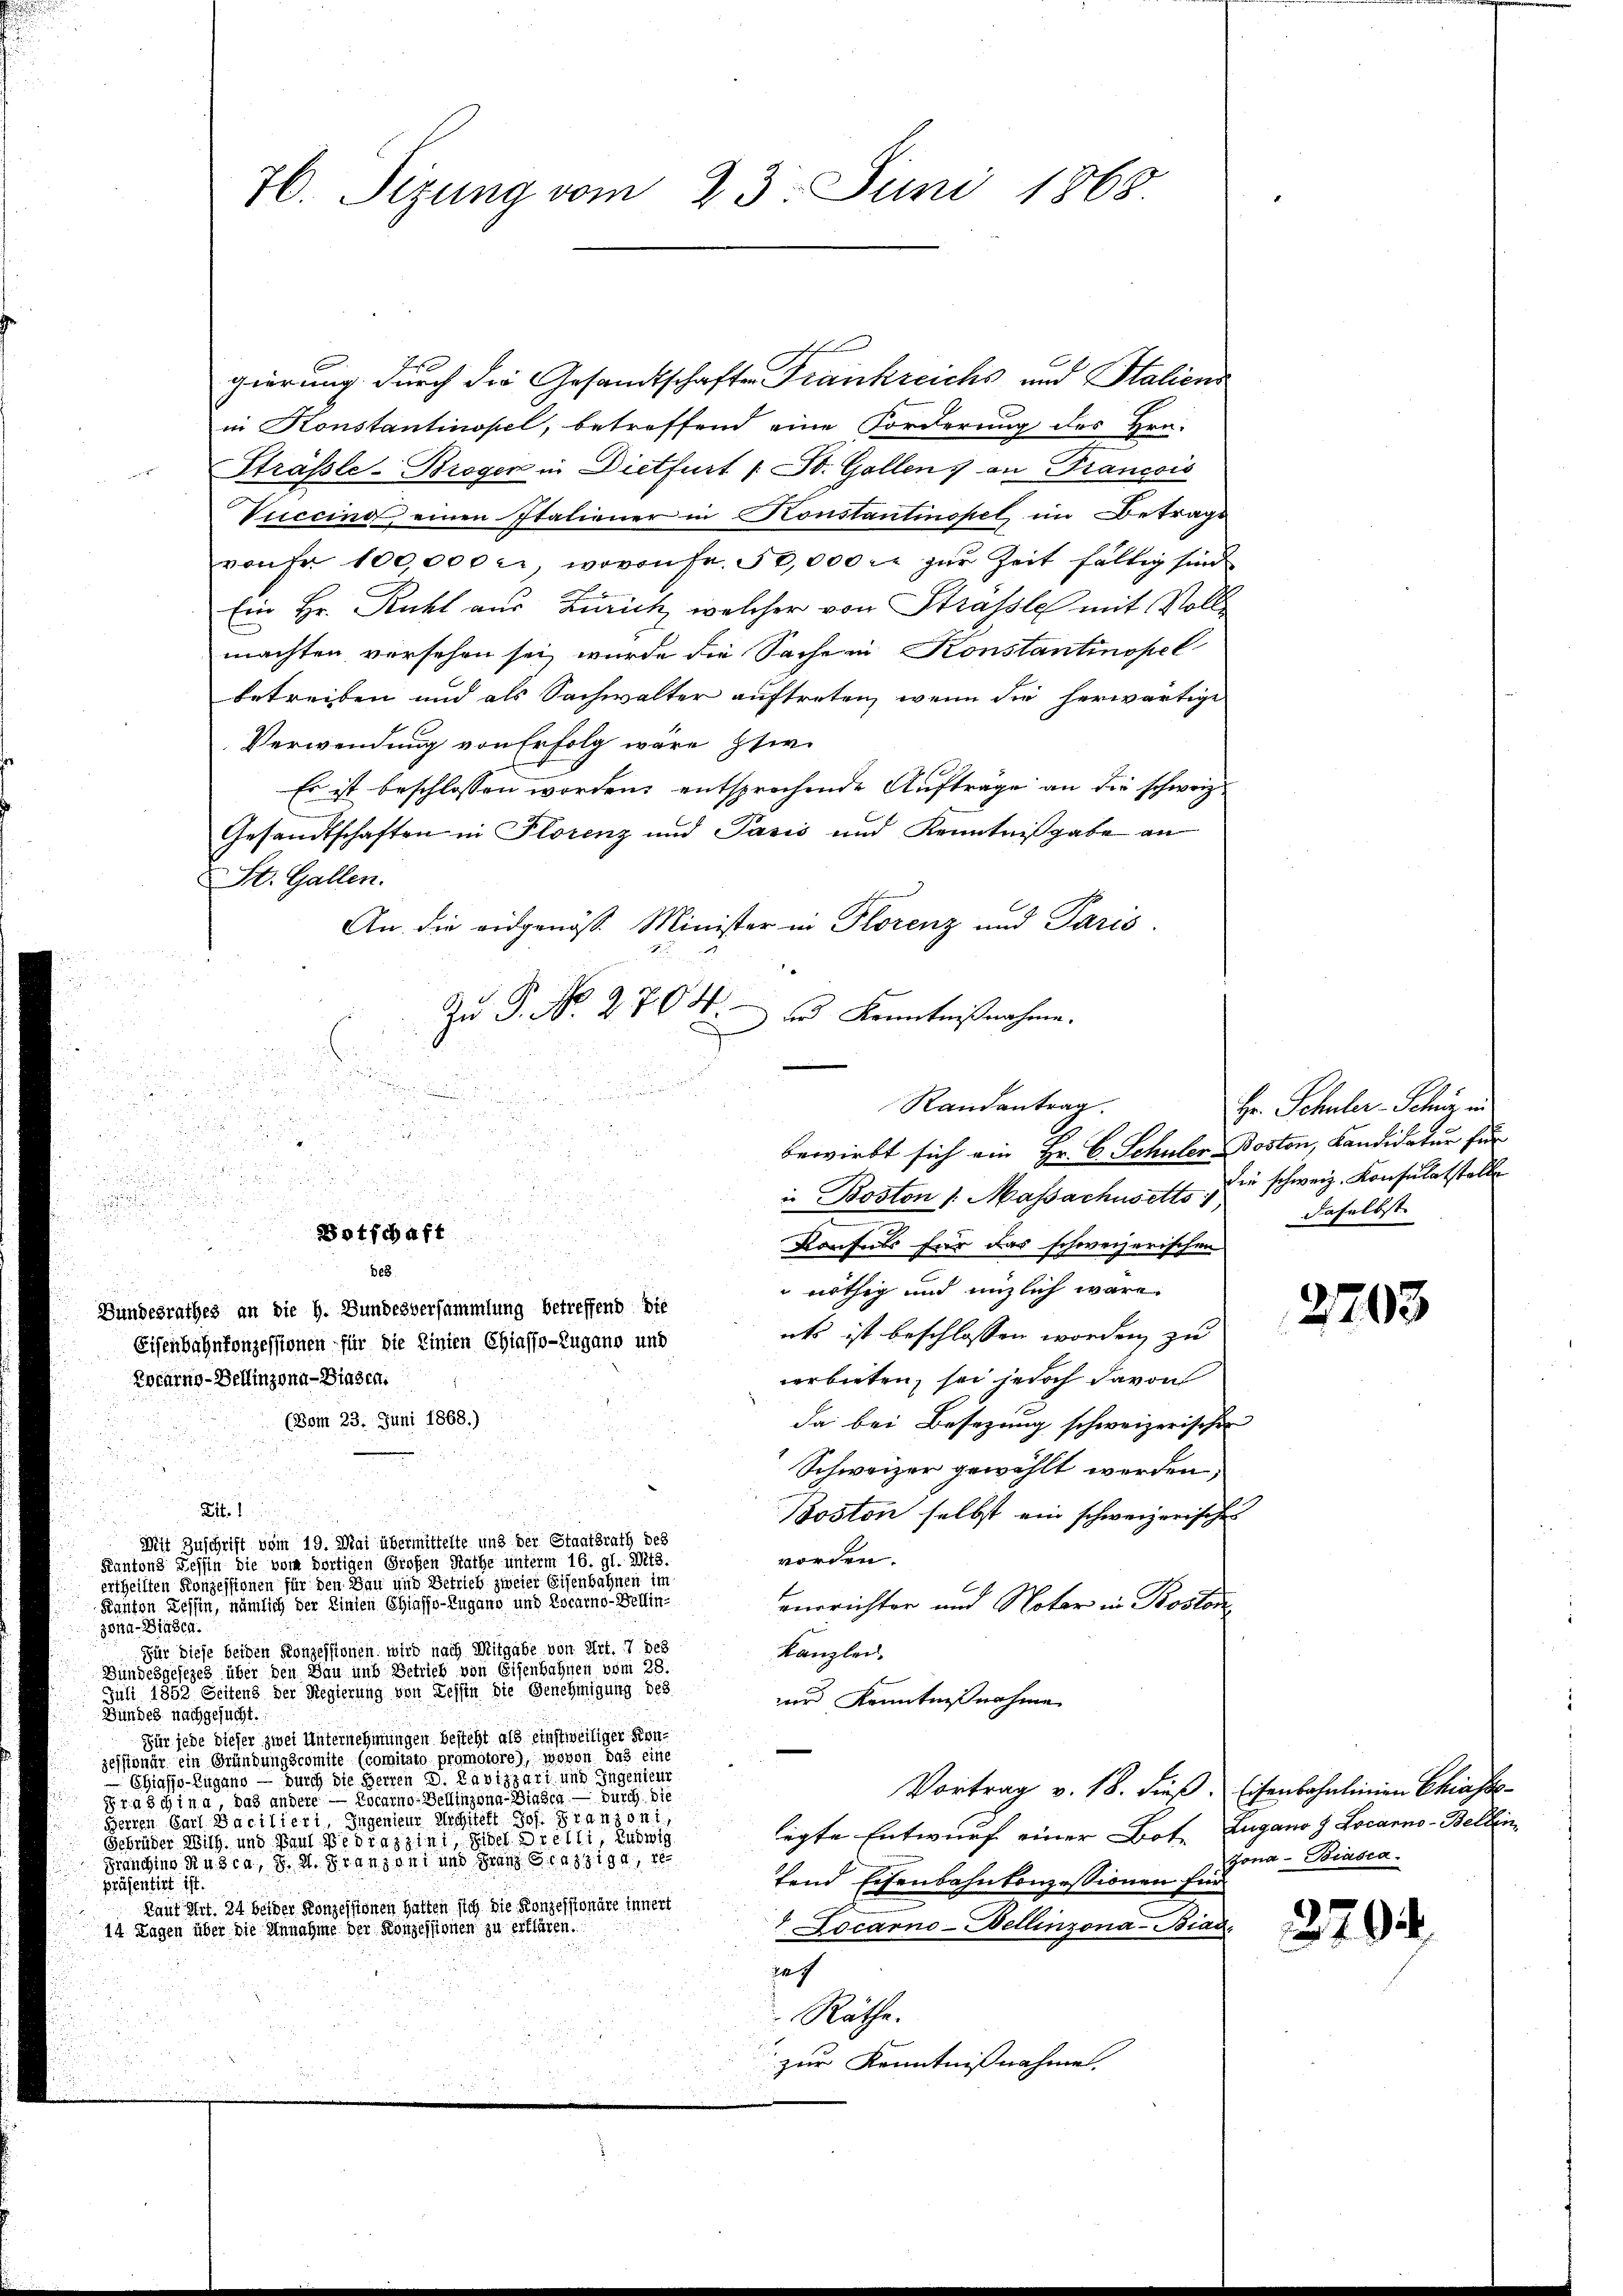
gierung durch die Gesandtschaften Frankreichs und Staliens
in Konstantinopel, betreffend eine Forderung des Hrn.
Sträßle-Broger in Dietfurt / B. Gallens an Francois

Viccino einen Italiener in Konstantinopel, im Betrags
voner 100,000 l., wovon Fr. 50,000 rt zur Zeit fältig sind
Ein Hr. Rühl aus Zürich, welcher von Strasse mit Vollmachten versehen sei, wurde die Sache in Konstantinopel
betreiben und als Sachwalter auftreten, wenn die herwärtige
Verwendung von Erfolg wäre sei.
Es ist beschlossen worden, entsprochende Auftrage an die schweiz.
Gesandtschaften in Florenz und Pasis und Kenntnißgabe an
St. Gallen.
An die eidgenöß. Minister in Florenz und Paris.
l
Zu P. Nr. 2704. ds Kenntnißnahme.
n

n
 2

bewirbt sich ein Hr. C. Schüler-Boston, Kandidatur für
in
u
2

n
in Boston 1. Massachusetts schweiz. Konsulatstelle

d
Botschaft

Konsuls für das schweizerischen
d
De8
nöthig und unzlich wäre.
Gundesrathes an die H. Bundesversammlung betreffend die
uts ist beschlossen worden, zu
Eisenbahnkonzessionen für die Einien Chiasso-Zugano und
verbieten, sei jedoch davon
Zotärno-Bellinzona - Biasch.
(Boin 23. Juni 1868.)
da bei Besetzung schweizerischen
n
Schweizer gewählt werden,
e
Zi. 1
 1
Boston selbst ein schweizerischer
Mit Zuschrift vom 19. Mai übermittelte und der Staatsrath des
worden.
Kantons Tessin die vom dortigen Großen Rathe unterm 16. gl. Mts.
ertheilten Konzessionen für den Bau und Betrieb zweier Eisenbahnen im
Kanton Zessin, nämlich der Linien Chiasso-Zugano und Locarno-Bellin-
verrichter und Notar in Postoc
zona - Binden.
Für diese beiden Konzessionen wird nach Mitgabe von Art. 7 des
Kanzlei.
Bundesgesezes über den Bau und Betrieb von Eisenbahnen vom 28.
Juli 1852 Seitens der Regierung von Tessin die Genehmigung des
ur Kenntnißnahme
Bundes nachgesucht.
Für jede dieser zwei Unternehmungen besteht als einstweiliger Konzesst nur ein Gründungscomite (comitato promotore), wovon das eine
 Chiasss-Lugang – durch die Herren D. Lavizzari und Ingenieur
Vortrag v. 18. dieß. Eisenbahnlinien Chiasso-
va Schina, das andere — Pocarno-Bellingung- Siehen. — Durch die
Herren Carl Bacilieri, Ingenieur Michsteht Jos. Franzoni
legte Entwurf einer Bot. Zugano d Locarno-Bellen,
Gebrüder Wilh. und Paul Pedrazzini, Sider Orelli, Ludwig
Franchine Rusca, d. 2. Franzoni und Franz Graz 1901
tend Eisenbahnkonzessionen für
präsentirt ist.
Kauf Art. 24 beider Konzessionen hatten sich die Konzessionäre innert
 Locarno-Dellinzona-Biad.
14 Tagen über die Annahme der Konzessionen zu erklären.
daf
Räthe.
zur Kenntnißnahme.

76. Sirung vom 23. Juni 1868

Randantrag.

Hr. Schuler-Schwyz un
daselbst.

e

2703

Jona - Biasca.

379.